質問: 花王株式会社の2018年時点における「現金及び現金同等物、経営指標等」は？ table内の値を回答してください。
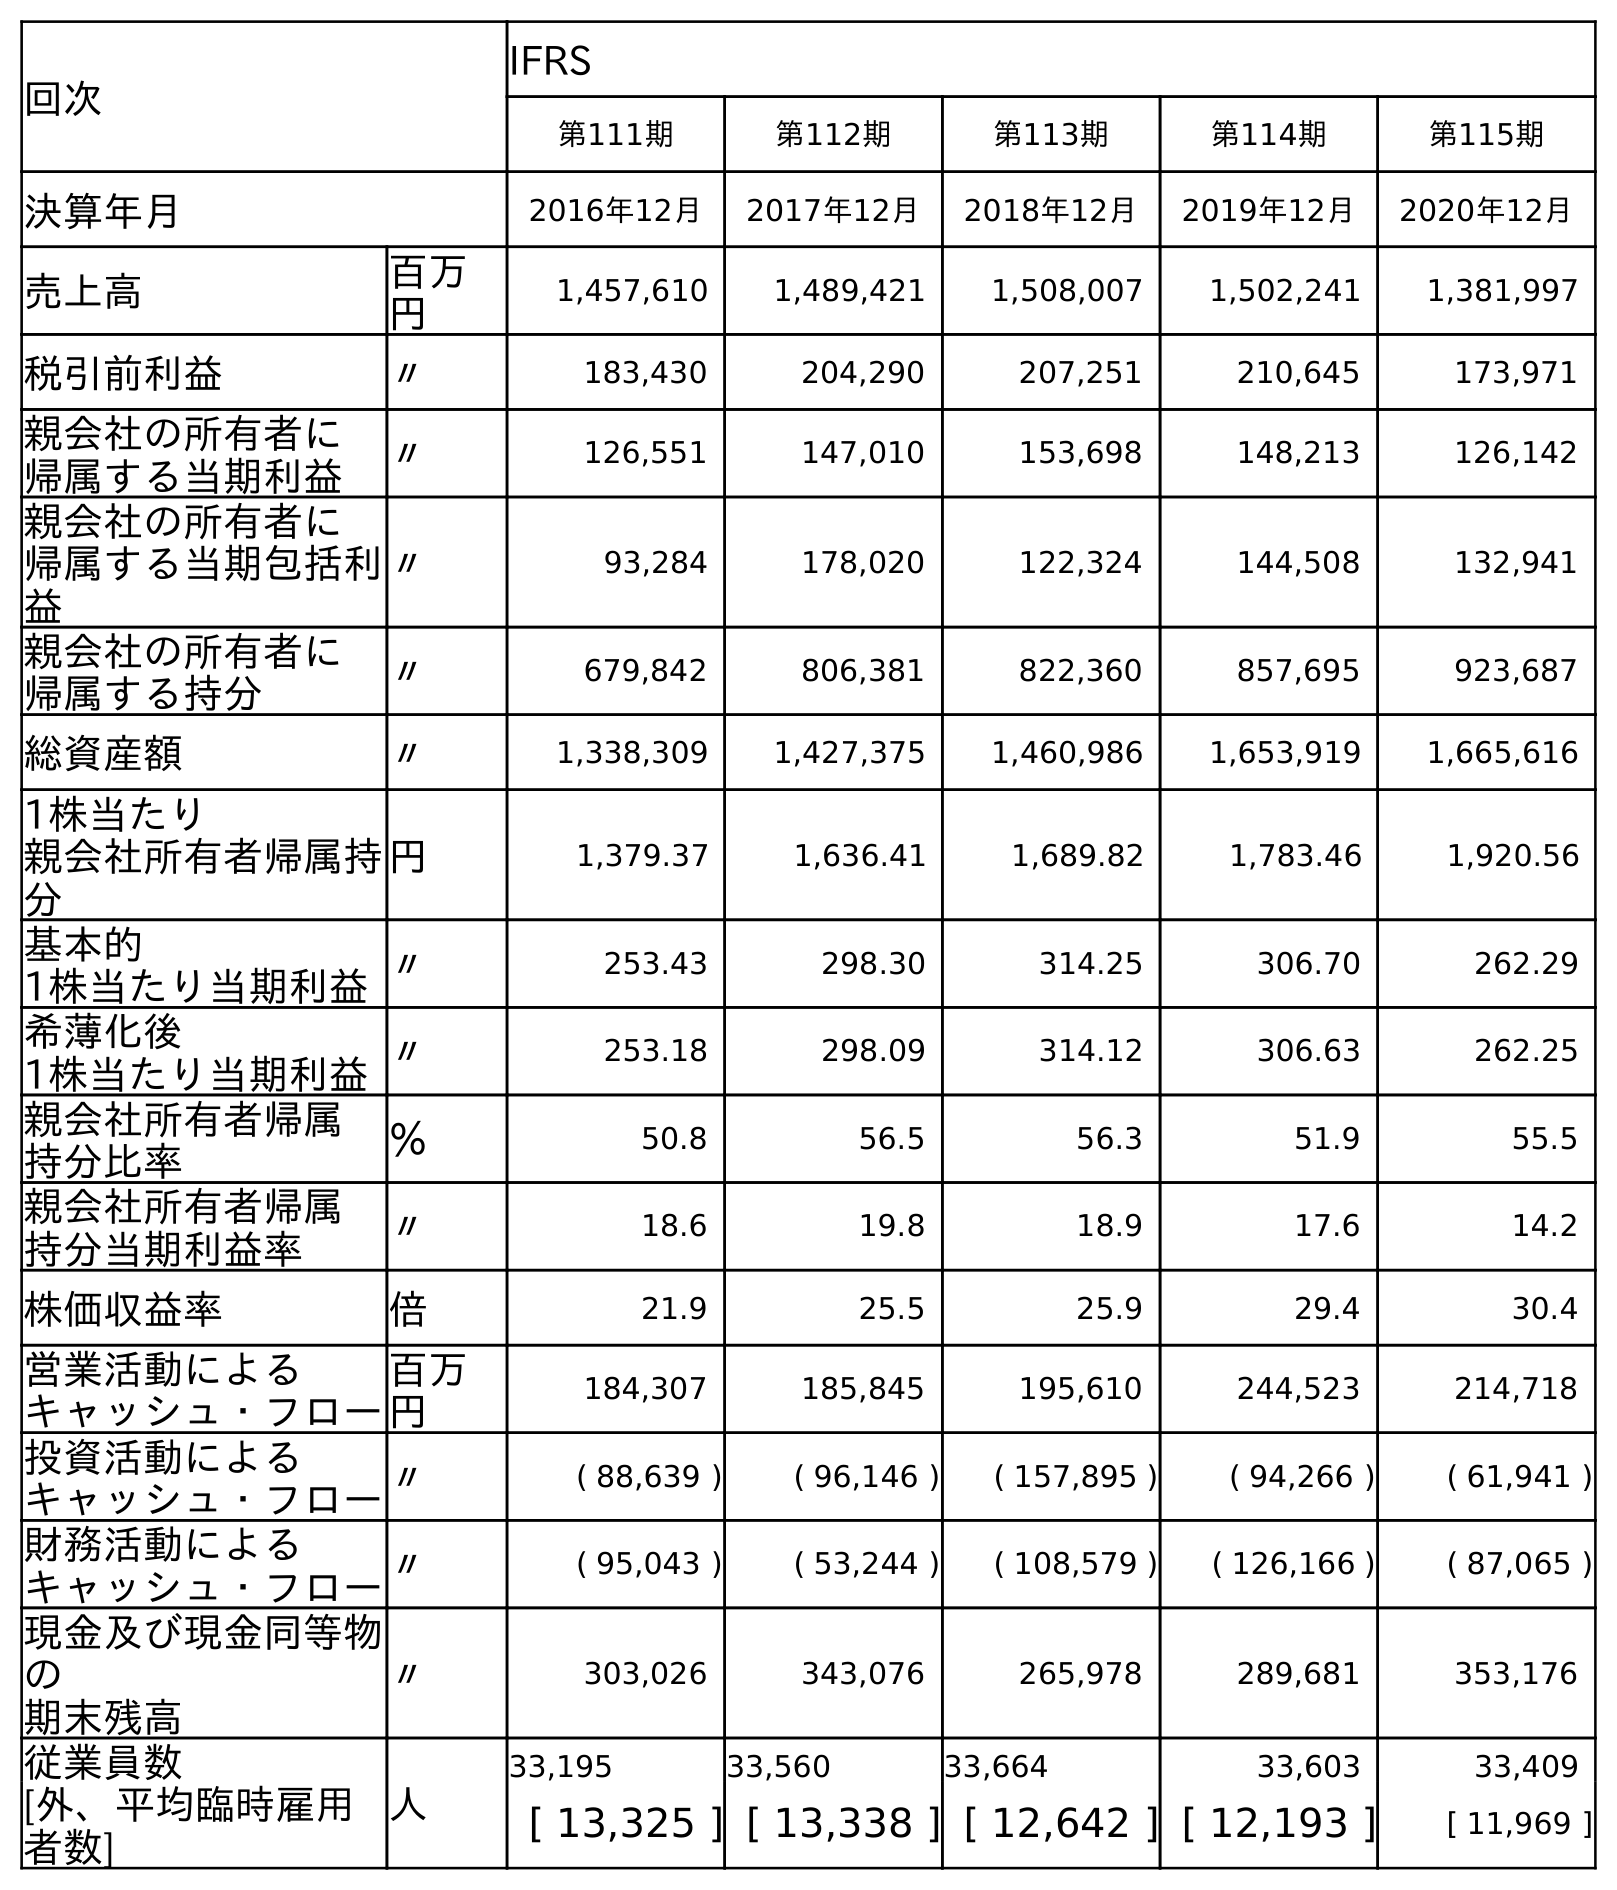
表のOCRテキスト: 回次 IFRS 第111期 第112期 第113期 第114期 第115期 決算年月 2016年12月 2017年12月 2018年12月 2019年12月 2020年12月 売上高 百万 円 1,457,610 1,489,421 1,508,007 1,502,241 1,381,997 税引前利益 〃 183,430 204,290 207,251 210,645 173,971 親会社の所有者に 帰属する当期利益 〃 126,551 147,010 153,698 148,213 126,142 親会社の所有者に 帰属する当期包括利 益 〃 93,284 178,020 122,324 144,508 132,941 親会社の所有者に 帰属する持分 〃 679,842 806,381 822,360 857,695 923,687 総資産額 〃 1,338,309 1,427,375 1,460,986 1,653,919 1,665,616 1株当たり 親会社所有者帰属持 分 円 1,379.37 1,636.41 1,689.82 1,783.46 1,920.56 基本的 1株当たり当期利益〃 253.43 298.30 314.25 306.70 262.29 希薄化後 1株当たり当期利益〃 253.18 298.09 314.12 306.63 262.25 親会社所有者帰属 持分比率 ％ 50.8 56.5 56.3 51.9 55.5 親会社所有者帰属 持分当期利益率 〃 18.6 19.8 18.9 17.6 14.2 株価収益率 倍 21.9 25.5 25.9 29.4 30.4 営業活動による キャッシュ・フロー 百万 円 184,307 185,845 195,610 244,523 214,718 投資活動による キャッシュ・フロー〃 ( 88,639 ) ( 96,146 ) ( 157,895 ) ( 94,266 ) ( 61,941 ) 財務活動による キャッシュ・フロー〃 ( 95,043 ) ( 53,244 ) ( 108,579 ) ( 126,166 ) ( 87,065 ) 現金及び現金同等物 の 期末残高 〃 303,026 343,076 265,978 289,681 353,176 従業員数 人 33,195 33,560 33,664 33,603 33,409 [外、平均臨時雇用 者数] [ 13,325 ] [ 13,338 ] [ 12,642 ] [ 12,193 ] [ 11,969 ]
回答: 265,978